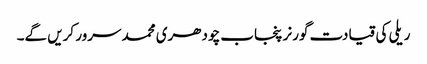
ریلی کی قیادت گورنر پنجاب چودھری محمد سرور کریں گے۔